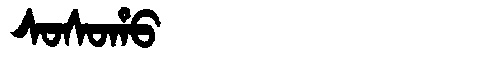
Manchu: ᠰᠣᠰᠣᡥᠣ
Romanization: SOSOHO